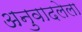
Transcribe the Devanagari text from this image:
अनुवादलेला